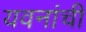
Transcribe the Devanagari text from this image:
यवनांची